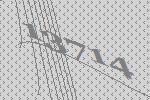
13714